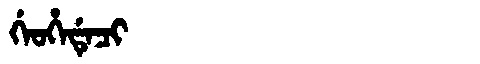
Manchu: ᡤᡝᠣᡥᡝᡩᡝᠴᡳ
Romanization: GEOHEDECI